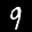
Label: 9